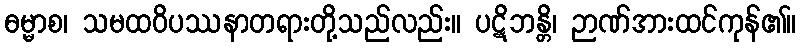
ဓမ္မာစ၊ သမထဝိပဿနာတရားတို့သည်လည်း။ ပဋိဘန္တိ၊ ဉာဏ်အားထင်ကုန်၏။